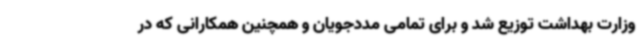
وزارت بهداشت توزیع شد و برای تمامی مددجویان و همچنین همکارانی که در